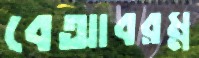
বেআবরম্ন